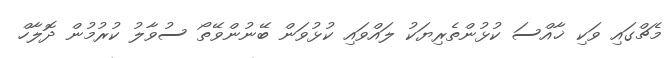
މެޗްގައި ވަކި ޚާއްސަ ކުޅުންތެރިޔަކު ލައްވައި ކުޅުވަން ބޭނުންވޭތޯ ސުވާލު ކުރުމުން ދޮލާހް